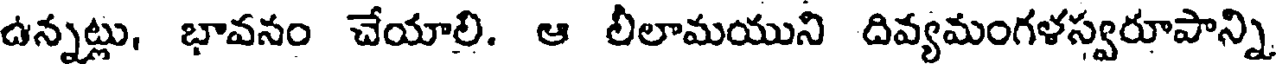
ఉన్నట్లు, భావనం చేయాలి. ఆ లీలామయుని దివ్యమంగళస్వరూపాన్ని